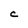
Character: C